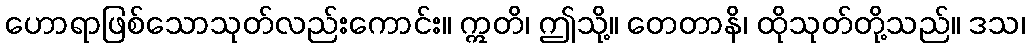
ဟောရာဖြစ်သောသုတ်လည်းကောင်း။ ဣတိ၊ ဤသို့။ တေတာနိ၊ ထိုသုတ်တို့သည်။ ဒသ၊